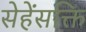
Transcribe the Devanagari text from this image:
सेहेंसक्ति